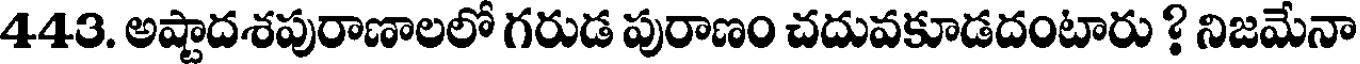
443. అష్టాదశపురాణాలలో గరుడ పురాణం చదువకూడదంటారు ? నిజమేనా